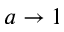
a \rightarrow 1